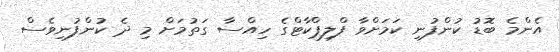
އެންމެ ބޮޑު ކުންފުނި ކަމަށްވާ ފްލިޕްކާޓްގެ ހިއްސާ ގަތުމަށް މި ދެ ކުންފުނިވެސް